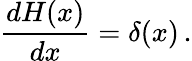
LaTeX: {\frac{dH(x)}{dx}}=\delta(x)\, .